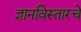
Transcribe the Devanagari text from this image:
ज्ञानविस्तारचे